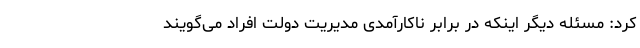
کرد: مسئله دیگر اینکه در برابر ناکارآمدی مدیریت دولت افراد می‌گویند